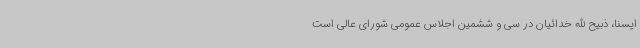
ایسنا، ذبیح الله خدائیان در سی و ششمین اجلاس عمومی شورای عالی است